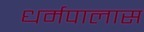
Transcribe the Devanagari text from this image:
धर्मपालास